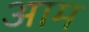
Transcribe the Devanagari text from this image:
अाम